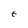
Character: E